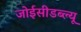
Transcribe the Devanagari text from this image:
जोईसीडब्ल्यू